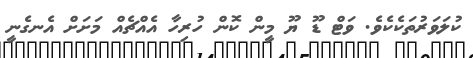
ކުލަވަރުތަކެކެވެ. ވަޓް ޑޫ ޔޫ މީން ކޮން ހުރިހާ އެއްޗެއް މަށަށް އެނގެނީ